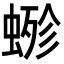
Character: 𧍿